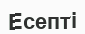
Есепті